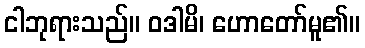
ငါဘုရားသည်။ ဝဒါမိ၊ ဟောတော်မူ၏။